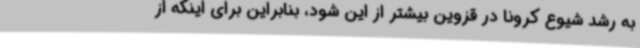
به رشد شیوع کرونا در قزوین بیشتر از این شود، بنابراین برای اینکه از